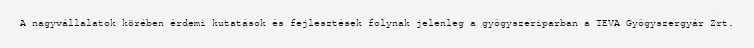
A nagyvállalatok körében érdemi kutatások és fejlesztések folynak jelenleg a gyógyszeriparban a TEVA Gyógyszergyár Zrt.